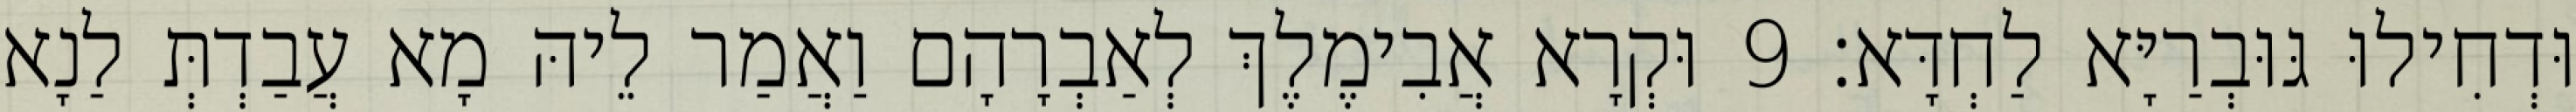
וּדְחִילוּ גּוּבְרַיָּא לַחְדָּא׃ 9 וּקְרָא אֲבִימֶלֶךְ לְאַבְרָהָם וַאֲמַר לֵיהּ מָא עֲבַדְתְּ לַנָא